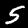
Digit: 5